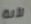
لأنة